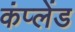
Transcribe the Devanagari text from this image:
कंप्लेंड